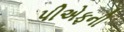
પીએફની